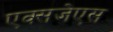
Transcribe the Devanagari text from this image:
एक्सजेएस